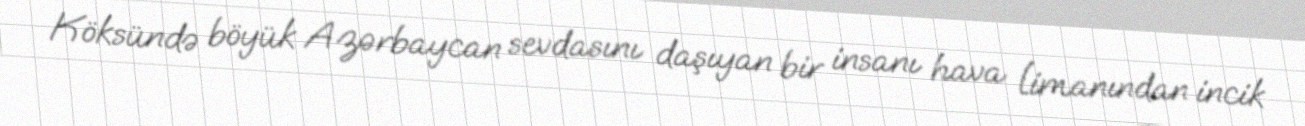
Köksündə böyük Azərbaycan sevdasını daşıyan bir insanı hava limanından incik